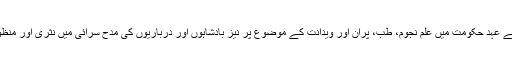
آخری تین یادو حکمرانوں کے عہد حکومت میں علم نجوم، طب، پران اور ویدانت کے موضوع پر نیز بادشاہوں اور درباریوں کی مدح سرائی میں نثری اور منظوم تخلیقات بکثرت ملتی ہیں۔